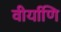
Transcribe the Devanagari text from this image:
वीर्याणि